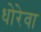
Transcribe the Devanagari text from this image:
धोरेवा